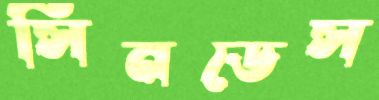
সিনডেস